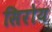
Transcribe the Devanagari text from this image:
सिरोय